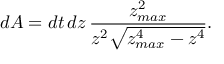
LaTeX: d { \cal A } = d t \, d z \, \frac { z _ { m a x } ^ { 2 } } { z ^ { 2 } \sqrt { z _ { m a x } ^ { 4 } - z ^ { 4 } } } .